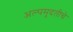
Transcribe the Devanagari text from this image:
अल्पमुदतीचे